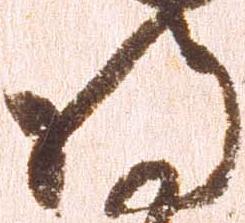
将